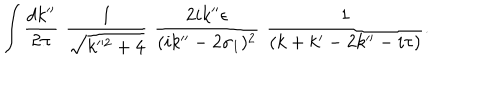
\int \frac { d k ^ { \prime \prime } } { 2 \pi } \, \, \frac { 1 } { \sqrt { k ^ { 2 } + 4 } } \, \, \frac { 2 i k ^ { \prime \prime } \epsilon } { ( i k ^ { \prime \prime } - 2 \sigma _ { 1 } ) ^ { 2 } } \, \, \frac { 1 } { ( k + k ^ { \prime } - 2 k ^ { \prime \prime } - i \tau ) } .